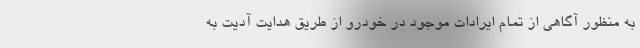
به منظور آگاهی از تمام ایرادات موجود در خودرو از طریق هدایت آدیت به